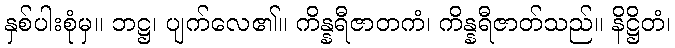
နှစ်ပါးစုံမှ။ ဘဋ္ဌ၊ ပျက်လေ၏။ ကိန္နရီဇာတကံ၊ ကိန္နရီဇာတ်သည်။ နိဋ္ဌိတံ၊